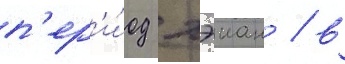
п'ер'и́од хэиан / в